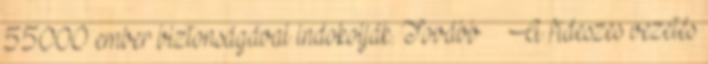
55000 ember biztonságával indokolják. Tovább › ›A fideszes vezetés